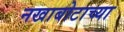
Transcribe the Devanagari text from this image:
नखाबोटाच्या